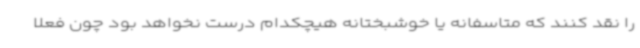
را نقد کنند که متاسفانه یا خوشبختانه هیچکدام درست نخواهد بود چون فعلا